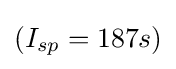
(I_{sp}=187s)